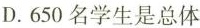
D.650名学生是总体